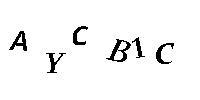
AYCB1C